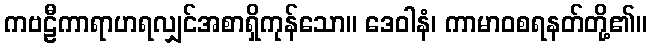
ကဗဠီကာရာဟရလျှင်အစာရှိကုန်သော။ ဒေဝါနံ၊ ကာမာဝစရနတ်တို့၏။